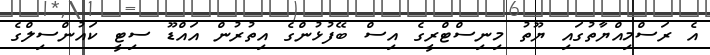
އެ ރަސްމިއްޔާތުގައި ޔޫތު މިނިސްޓްރީގެ އިސް ބޭފުޅުންގެ އިތުރުން އައްޑޫ ސިޓީ ކައުންސިލްގެ